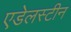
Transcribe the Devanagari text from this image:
एडेलस्टीन